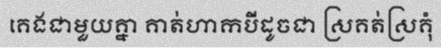
គេងជាមួយគ្នា គាត់ហាកបីដូចជា ស្រគត់ស្រគុំ